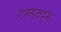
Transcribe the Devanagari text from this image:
गरुडवहन